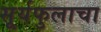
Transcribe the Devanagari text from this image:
सूर्यफुलाचा